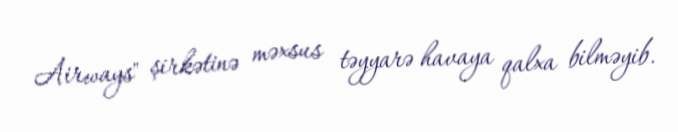
Airways" şirkətinə məxsus təyyarə havaya qalxa bilməyib.